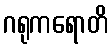
ဂရုကရောတိ